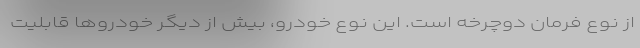
از نوع فرمان دوچرخه‌ است. این نوع خودرو، بیش از دیگر خودروها قابلیت